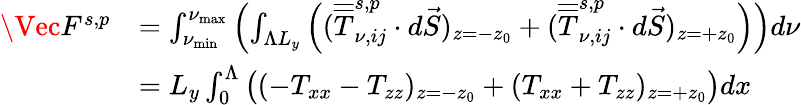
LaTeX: \begin{array}{rl}{\Vec{F}^{s,p}}&{=\int_{\nu_{\mathrm{min}}}^{\nu_{\mathrm{max}}}\left(\int_{\Lambda L_{y}}\left((\overline{{\overline{{T}}}}_{\nu,ij}^{s,p}\cdot d\vec{S})_{z=-z_{0}}+(\overline{{\overline{{T}}}}_{\nu,ij}^{s,p}\cdot d\vec{S})_{z=+z_{0}}\right)\right)d\nu}\\ &{=L_{y}\int_{0}^{\Lambda}\big((-T_{xx}-T_{zz})_{z=-z_{0}}+(T_{xx}+T_{zz})_{z=+z_{0}}\big)dx}\end{array}